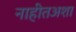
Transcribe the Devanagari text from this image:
नाहीतअशा